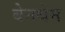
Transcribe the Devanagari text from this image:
बेनथेम